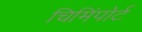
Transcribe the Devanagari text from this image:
चिमिंपोर्ट